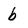
Character: b